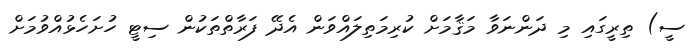
ސީ) ތިރީގައި މި ދަންނަވާ މަޤާމަށް ކުރިމަތިލައްވަން އެދޭ ފަރާތްތަކުން ސިޓީ ހުށަހެޅުއްވުމަށް